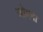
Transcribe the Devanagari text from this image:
जोयना